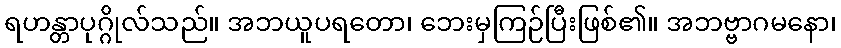
ရဟန္တာပုဂ္ဂိုလ်သည်။ အဘယူပရတော၊ ဘေးမှကြဉ်ပြီးဖြစ်၏။ အဘဗ္ဗာဂမနော၊